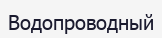
Водопроводный